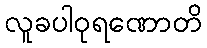
လူခပါဝုရဏောတိ